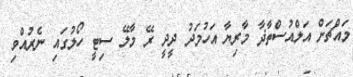
މައްޗަށް އަލްއުސްތާޛާ މާރިޔާ އަހުމަދު ދީދީ ރޭ މާލޭ ސިޓީ ހޯލުގައި ނެރުއްވި